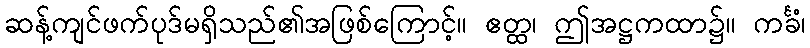
ဆန့်ကျင်ဖက်ပုဒ်မရှိသည်၏အဖြစ်ကြောင့်။ ဧတ္ထ၊ ဤအဋ္ဌကထာ၌။ ကင်္ခံ၊